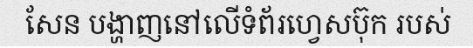
សែន បង្ហាញនៅលើទំព័រហ្វេសប៊ុក របស់